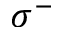
\sigma ^ { - }